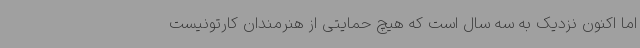
اما اکنون نزدیک به سه سال است که هیچ حمایتی از هنرمندان کارتونیست